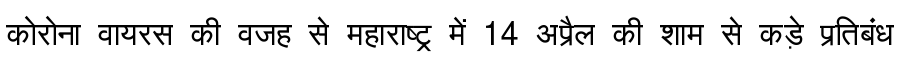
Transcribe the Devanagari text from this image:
कोरोना वायरस की वजह से महाराष्ट्र में 14 अप्रैल की शाम से कड़े प्रतिबंध